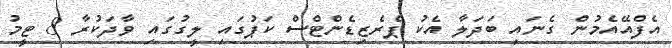
އެފްއޭއެމުން ގެނައި ބަދަލާ އެކު ޕްރެޒިޑެންޓްސް ކަޕުގައި ލީގުގައި ވާދަކުރާ 8 ޓީމު